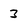
Character: 3